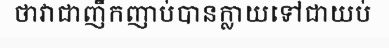
ថាវាជាញឹកញាប់បានក្លាយទៅជាយប់